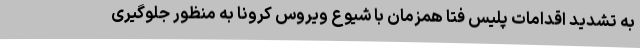
به تشدید اقدامات پلیس فتا همزمان با شیوع ویروس کرونا به منظور جلوگیری